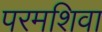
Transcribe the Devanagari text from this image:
परमशिवा